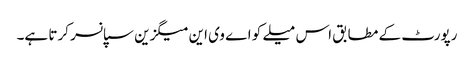
رپورٹ کے مطابق اس میلے کو اے وی این میگزین سپانسر کرتا ہے۔